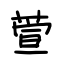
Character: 萱